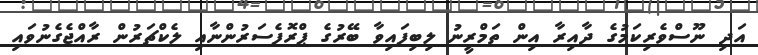
އަދި ނޫސްވެރިކަމުގެ ދާއިރާ އިން ތަމްރީނު ލިބިފައިވާ ބޭރުގެ ޕްރޮފެސަރުންނާއި ލެކްޗަރުން ރާއްޖެގެނުވައި